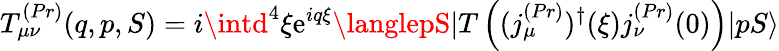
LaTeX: T_{\mu\nu}^{(Pr)}(q,p,S)=i\intd^{4}\xi\mathrm{e}^{iq\xi}\langlepS|T\left((j_{\mu}^{(Pr)})^{\dagger}(\xi)j_{\nu}^{(Pr)}(0)\right)|pS\rangle